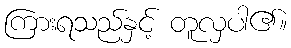
ကြားရသည်နှင့် တူလှပါ၏။